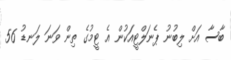
ބާސާ އަށް ލިބުުނު ޕެނަލްޓީއަކުން އެ ޓީމުގެ ތިން ވަނަ ލަނޑު 56